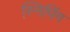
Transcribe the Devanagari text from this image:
स्निपिंग